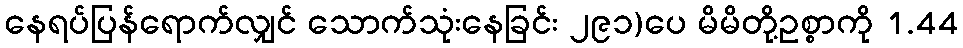
နေရပ်ပြန်ရောက်လျှင် သောက်သုံးနေခြင်း ၂၉၁)ပေ မိမိတို့ဥစ္စာကို 1.44